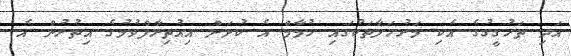
އަދި ތަހުގީގުގެ އެކި މަރުހަލާތަކުގައި ހުމާމް އެ ކުށަށް އިއުތިރާފްވުމުގެ އިތުރުން އެ